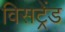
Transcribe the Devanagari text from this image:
विसट्रेंड